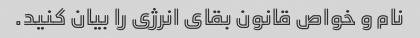
نام و خواص قانون بقای انرژی را بیان کنید.